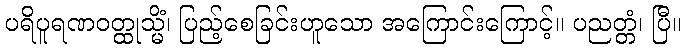
ပရိပူရဏဝတ္ထုသ္မိံ၊ ပြည့်စေခြင်းဟူသော အကြောင်းကြောင့်။ ပညတ္တံ၊ ပြီ။